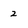
Character: 2